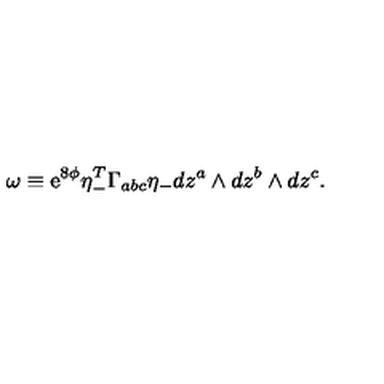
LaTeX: \omega \equiv \mathrm { e } ^ { 8 \phi } \eta _ { - } ^ { T } \Gamma _ { a b c } \eta _ { - } d z ^ { a } \wedge d z ^ { b } \wedge d z ^ { c } .